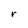
Character: r